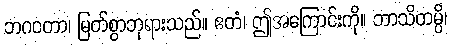
ဘဂဝတာ၊ မြတ်စွာဘုရားသည်။ ဧတံ၊ ဤအကြောင်းကို။ ဘာသိတမ္ပိ၊